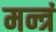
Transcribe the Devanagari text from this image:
मन्त्रं